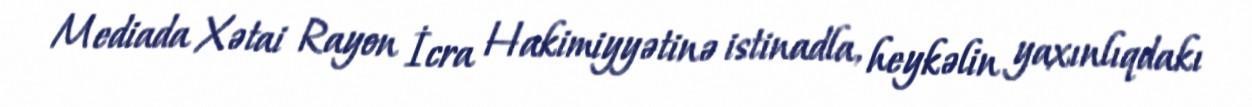
Mediada Xətai Rayon İcra Hakimiyyətinə istinadla, heykəlin yaxınlıqdakı